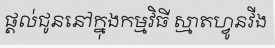
ផ្តល់ជូននៅក្នុងកម្មវិធី ស្មាតហ្វូនវីង